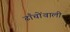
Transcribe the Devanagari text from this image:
ढाँचोंवाली